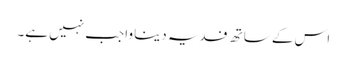
اس کے ساتھ فدیہ دینا واجب نہیں ہے۔